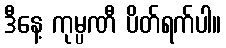
ဒီနေ့ ကုမ္ပဏီ ပိတ်ရက်ပါ။